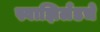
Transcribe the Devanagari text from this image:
स्वाझिलँडचे